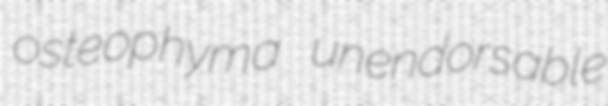
osteophyma unendorsable